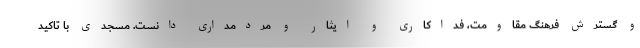
و گسترش فرهنگ مقاومت، فداکاری و ایثار و مردمداری دانست. مسجدی با تاکید